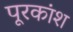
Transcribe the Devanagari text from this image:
पूरकांश